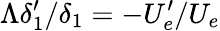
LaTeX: \Lambda\delta_{1}^{\prime}/\delta_{1}=-U_{e}^{\prime}/U_{e}